Vaccination report Assam 1896-1927 - 1896-1927
Year: 1896
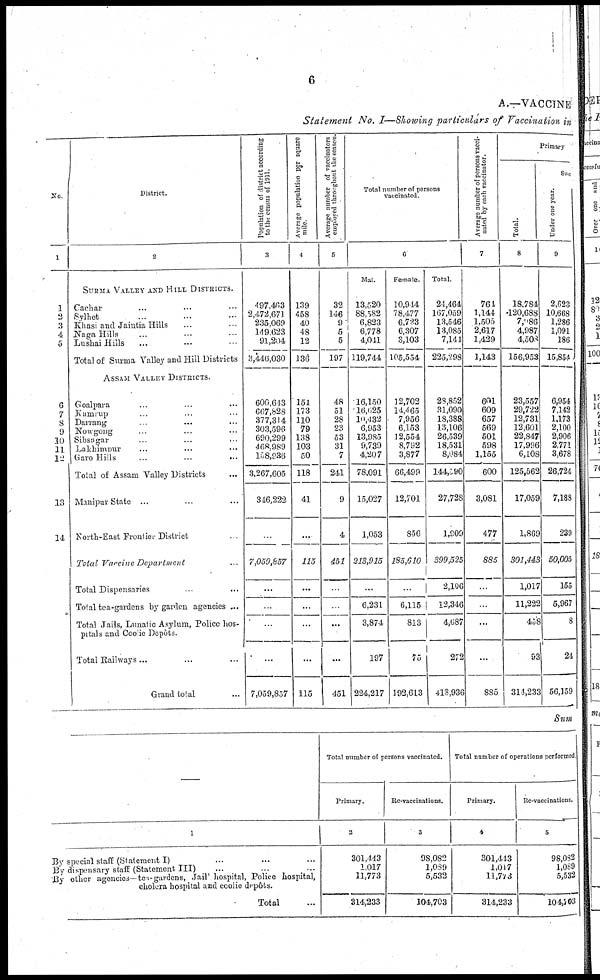
6
A.—VACCINE
Statement No. I—Showing particulars of Vaccination in
No.
1
1
2
3
4
5
6
7
8
9
10
11
12
13
14
District.
2
SURMA VALLEY AND HILL DISTRICTS.
Cachar ... ... ...
Sylhet ... ... ...
Khasi and Jaintia Hills
... ...
Naga Hills ... ... ...
Lushai Hills ... ... ...
Total of Surma Valley and Hill Districts
ASSAM VALLEY DISTRICTS.
Goalpara ... ... ...
Kamrup ... ... ...
Darrang ... ... ...
Nowgong ... ... ...
Sibsagar ... ... ...
Lakhimpur ... ... ...
Garo Hills
...
...
...
Total of Assam Valley Districts ...
Manipur State ... ... ...
North-East Frontier District ...
Total Vaccine Department ...
Total Dispensaries ... ... ...
Total tea-gardens by garden agencies ...
Total Jails, Lunatic Asylum, Police hos-
pitals and Coolie Depôts.
Total Railways ... ... ...
Grand total ...
Population of district according
to the census of 1911.
3
497,463
2,472,671
235,069
149,623
91,204
3,446,030
600,613
667,828
377,314
303,596
690,299
468,989
158,936
3,267,605
346,222
...
7,059,857
...
...
...
...
7,059,857
Average population per square
mile.
4
139
458
40
48
12
136
151
173
110
79
138
103
50
118
41
...
115
...
...
...
...
115
Average number of vaccinators
employed throughout the season.
5
32
146
9
5
5
197
48
51
28
23
53
31
7
241
9
4
451
...
...
...
...
451
Total number of persons
vaccinated.
6
Male.
13,520
88,582
6,823
6,778
4,041
119,744
16,150
16,625
10,432
6,953
13,985
9,739
4,207
78,091
15,027
1,053
213,915
...
6,231
3,874
197
224,217
Female.
10,944
78,477
6,723
6,307
3,103
105,554
12,702
14,465
7,956
6,153
12,554
8,792
3,877
66,499
12,701
856
185,610
...
6,115
813
75
192,613
Total.
24,464
167,059
13,546
13,085
7,144
225,298
23,852
31,090
18,388
13,106
26,539
18,531
8,084
144,190
27,728
1,909
399,525
2,106
12,346
4,687
272
418,936
Average number of persons vacci-
nated by each vaccinator.
7
764
1,144
1,505
2,617
1,429
1,143
601
609
657
569
501
598
1,155
600
3,081
477
885
...
...
...
...
885
Primary
Total.
8
18,784
120,688
7,986
4,987
4,508
156,953
23,557
29,722
12,731
12,601
22,847
17,996
6,108
125,562
17,059
1,869
301,443
1,017
11,222
458
93
314,233
Under one year.
9
2,623
10,668
1,286
1,091
186
15,854
6,954
7,142
1,173
2,100
2,906
2,771
3,678
26,724
7,188
239
50,005
155
5,967
8
24
56,159
Sum
—
1
By special staff (Statement I) ... ... ...
By dispensary staff (Statement III) ... ... ...
By other agencies—tea-gardens, Jail hospital, Police hospital,
cholera hospital and coolie depôts.
Total ...
Total number of persons vaccinated.
Primary.
2
301,443
1,017
11,773
314,233
Re-vaccinations.
3
98,082
1,089
5,532
104,703
Total number of operations performed
Primary.
4
301,443
1,017
11,773
314,233
Re-vaccinations.
5
98,082
1,089
5,532
104,703